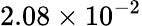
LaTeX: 2.08\times 10^{-2}